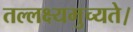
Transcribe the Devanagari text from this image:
तल्लक्ष्यमुच्यते।